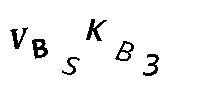
VBSKB3